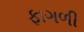
ફાગળી